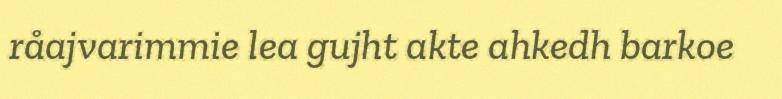
råajvarimmie lea gujht akte ahkedh barkoe